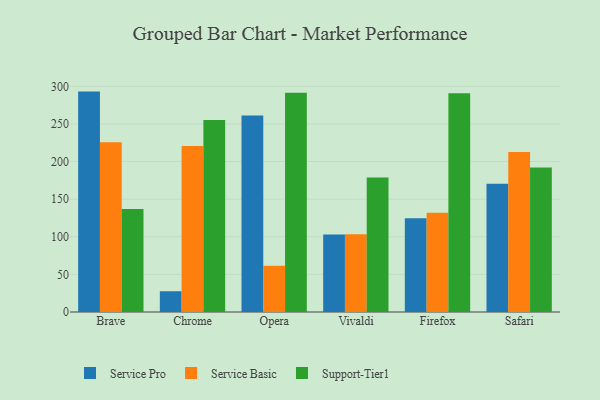
{"axis": {"x": "Browser", "y": "Budget (USD K)"}, "legend": ["Service Basic", "Service Pro", "Support-Tier1"], "data": [{"x": "Brave", "y": 293.0, "type": "Service Pro"}, {"x": "Brave", "y": 225.6, "type": "Service Basic"}, {"x": "Brave", "y": 137.0, "type": "Support-Tier1"}, {"x": "Chrome", "y": 27.6, "type": "Service Pro"}, {"x": "Chrome", "y": 220.8, "type": "Service Basic"}, {"x": "Chrome", "y": 255.2, "type": "Support-Tier1"}, {"x": "Opera", "y": 261.3, "type": "Service Pro"}, {"x": "Opera", "y": 61.5, "type": "Service Basic"}, {"x": "Opera", "y": 291.4, "type": "Support-Tier1"}, {"x": "Vivaldi", "y": 103.1, "type": "Service Pro"}, {"x": "Vivaldi", "y": 103.4, "type": "Service Basic"}, {"x": "Vivaldi", "y": 178.7, "type": "Support-Tier1"}, {"x": "Firefox", "y": 124.7, "type": "Service Pro"}, {"x": "Firefox", "y": 132.1, "type": "Service Basic"}, {"x": "Firefox", "y": 290.9, "type": "Support-Tier1"}, {"x": "Safari", "y": 170.6, "type": "Service Pro"}, {"x": "Safari", "y": 212.7, "type": "Service Basic"}, {"x": "Safari", "y": 192.2, "type": "Support-Tier1"}]}